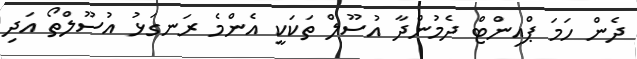
ދެން ހަމަ ޕްއިންޓް ދެމުންދާ އުސޫލް ތަކަކީ އެންމެ ރަނގަޅު އުސޫލްތޯ އަދި